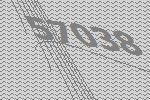
57038